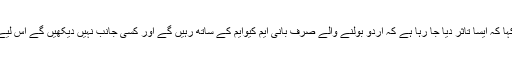
مصطفیٰ کمال پی بی ایس پی بزنس فورم کی تقریب سے خطاب کرتے ہوئے کہا کہ ایسا تاثر دیا جا رہا ہے کہ اردو بولنے والے صرف بانی ایم کیوایم کے ساتھ رہیں گے اور کسی جانب نہیں دیکھیں گے اس لیے بانی ایم کیو ایم کی جگہ صرف فاروق ستار والی ایم کیو ایم ہی لے سکتی ہے۔